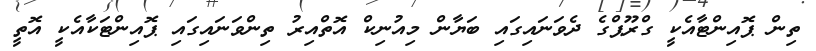
ތިން ޕޮއިންޓާއެކީ ގްރޫޕްގެ ދެވަނައިގައި ބަޔާން މިއުނިކް އޮތްއިރު ތިންވަނައިގައި ޕޮއިންޓަކާއެކީ އޮތީ